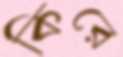
কিরে